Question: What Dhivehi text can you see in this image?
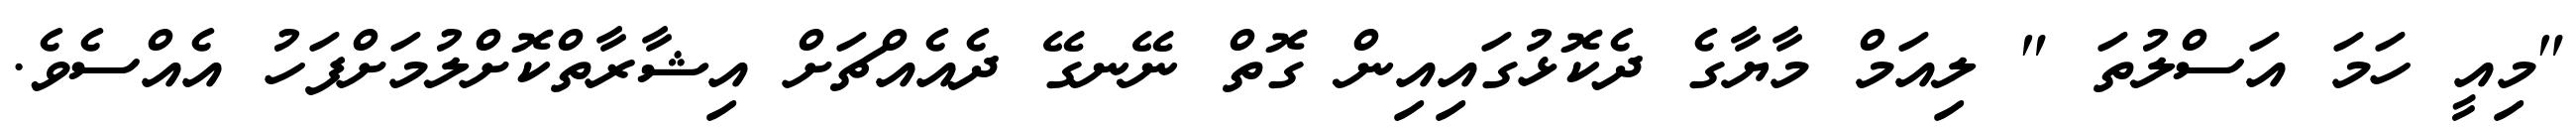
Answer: "މިއީ ހަމަ އަސްލުތަ " ލިއަމް މާޔާގެ ދެކޮޅުގައިއިން ގޮތް ނޭނގޭ ދެއެއްޗަށް އިޝާރާތްކޮށްލުމަށްފަހު އެއްސެވެ.